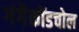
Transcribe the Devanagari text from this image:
गंगैकोंडचोल